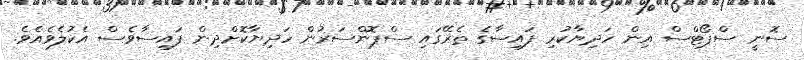
ސޮނީ ސްޕޯޓްސް އިން ހަދިޔާކުރި ފައިސާގެ ތެރޭގައި ސްޕޮންސަރުން ހަދިޔާކޮށްދިން ފައިސާވެސް އެކުލެވެއެވެ.